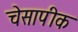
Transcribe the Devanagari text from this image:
चेसापीक